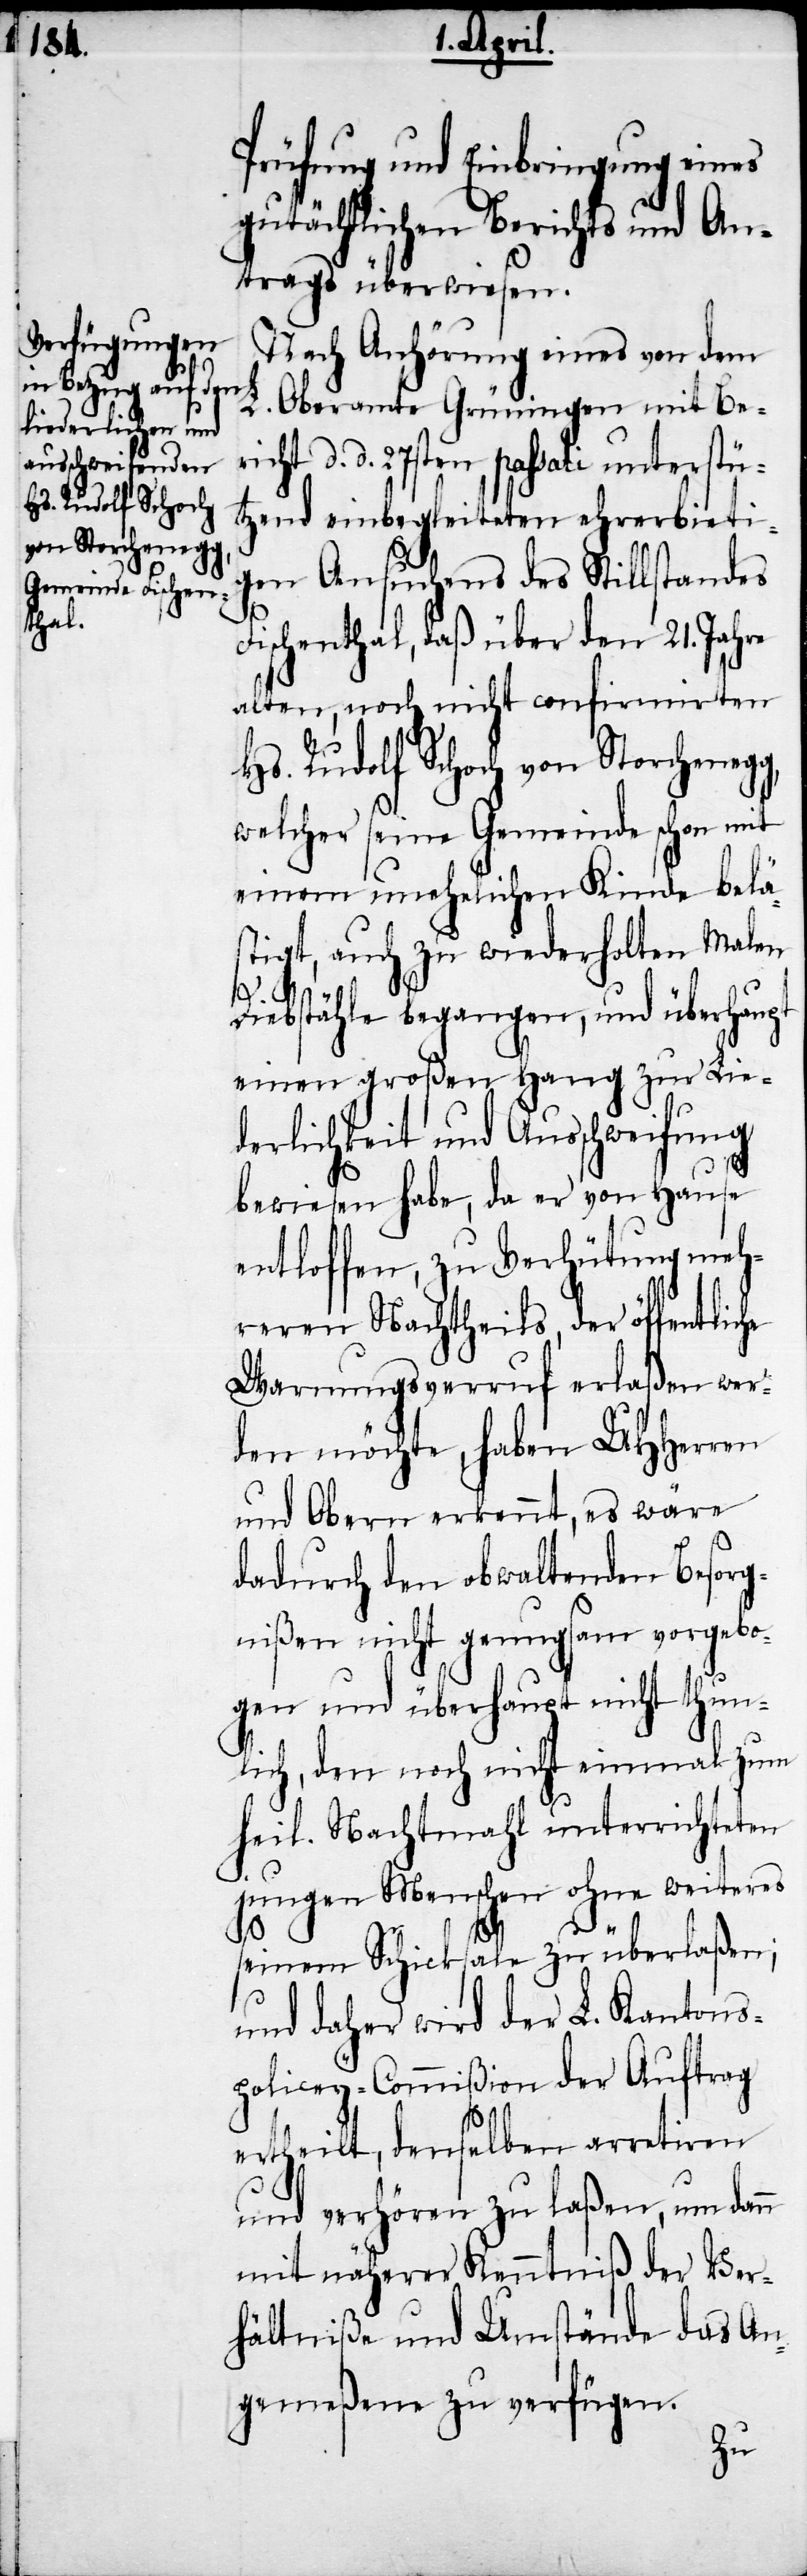
Prüfung und Einbringung eines
gutächtlichen Berichts und An¬
trags überwiesen.
Nach Anhörung eines von dem
L. Oberamte Grüningen mit Beri¬
cht d. d. 27sten passati unterstü¬
Hs. Rudolf Schoch
tzend einbegleiteten ehrerbieti¬
von Nachricht
gen Ansuchens des Stillstandes
Fischenthal, daß über den 21. Jahre
alten, noch nicht confirmirten
welcher seine Gemeinde schon mit
einem unehelichen Kinde belä¬
stigt, auch zu wiederholten Malen
da¬
Diebstähle begangen, und überhaupt
einen großen Hang zur Lie¬
derlichkeit und Ausschweifung
bewiesen habe, da er von Hause
entloffen, zu Verhütung meh¬
reren Nachtheils, der öffentlic¬
Warnungsverruf erlaßen wer¬
den möchte, haben UHHerren
und Obern erkennt, es wäre
dadurch den obwaltenden Besorg¬
nißen nicht genugsam vorgebo¬
gen und überhaupt nicht thun¬
lich, den noch nicht einmal zum
heil. Nachtmahl unterrichteten
jungen Menschen ohne weiteres
seinem Schicksale zu überlaßen;
und daher wird der L. Kantons¬
policey-Commißion der Auftrag
ertheilt, denselben arretiren
und verhören zu laßen, um dann
mit näherer Kenntniß der Ver¬
hältniße und Umstände das An¬
gemeßene zu verfügen.
zu